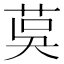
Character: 茣